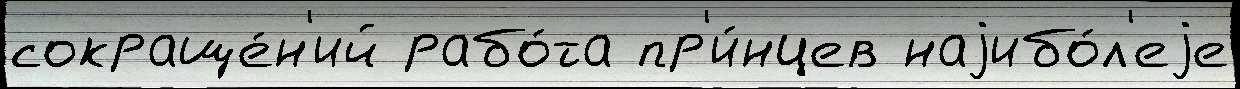
сокраще́н'ий рабо́та пр'и́нцев наjибо́л'еjе